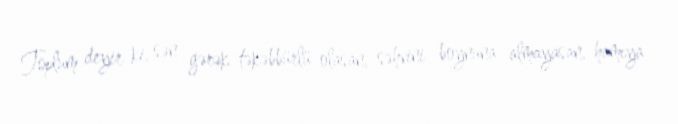
Toplum deyir ki, sən gərək təkəbbürlü olasan, səhvini boynuna almayasan, hamıya